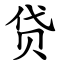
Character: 贷